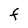
Character: F